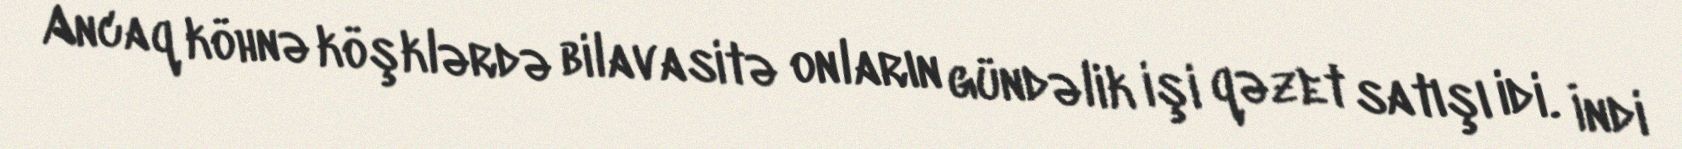
Ancaq köhnə köşklərdə bilavasitə onların gündəlik işi qəzet satışı idi. İndi